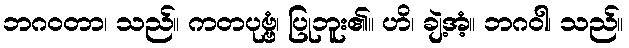
ဘဂဝတာ၊ သည်။ ကတပုဗ္ဗံ၊ ပြုဘူး၏။ ဟိ၊ ချဲ့အံ့။ ဘဂဝါ၊ သည်။